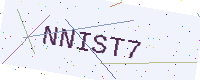
Text: NNIST7